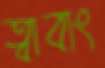
ত্বাবাং